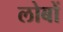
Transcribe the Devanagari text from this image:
लोबों